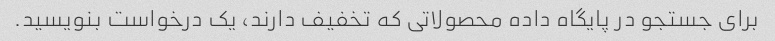
برای جستجو در پایگاه داده محصولاتی که تخفیف دارند، یک درخواست بنویسید.